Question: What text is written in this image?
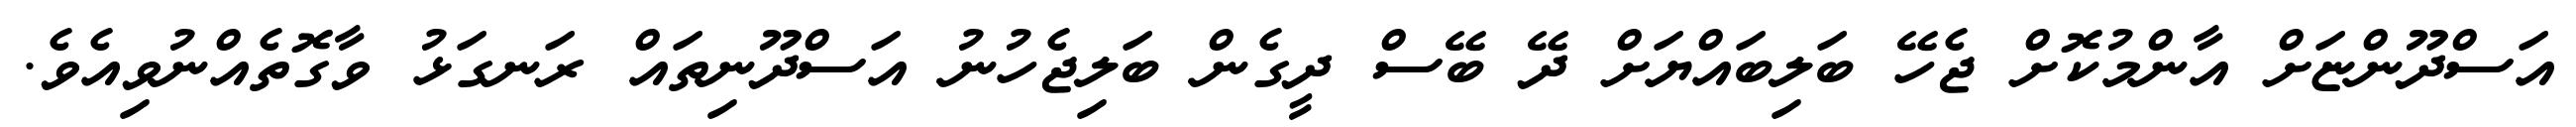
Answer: އަސްދޫންޏަށް އާންމުކޮށް ޖެހޭ ބަލިބައްޔަށް ދޭ ބޭސް ދީގެން ބަލިޖެހުނު އަސްދޫނިތައް ރަނގަޅު ވާގޮތެއްނުވިއެވެ.